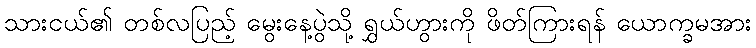
သားငယ်၏ တစ်လပြည့် မွေးနေ့ပွဲသို့ ရွှယ်ဟွားကို ဖိတ်ကြားရန် ယောက္ခမအား